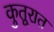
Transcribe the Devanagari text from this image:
कुतूरात